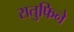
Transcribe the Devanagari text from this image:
रातुफिने